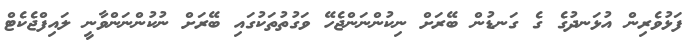
ފަޅުވެރިން އުޅަނދުގެ ގެ ގަނޑުން ބޭރަށް ނިކުންނަންޖެހޭ ވަގުތުތަކުގައި ބޭރަށް ނުކުންނަންވާނީ ލައިފްޖެކެޓް